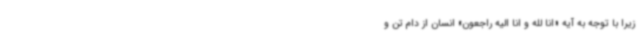
زیرا با توجه به آیه «انا لله و انا الیه راجعون» انسان از دام تن و